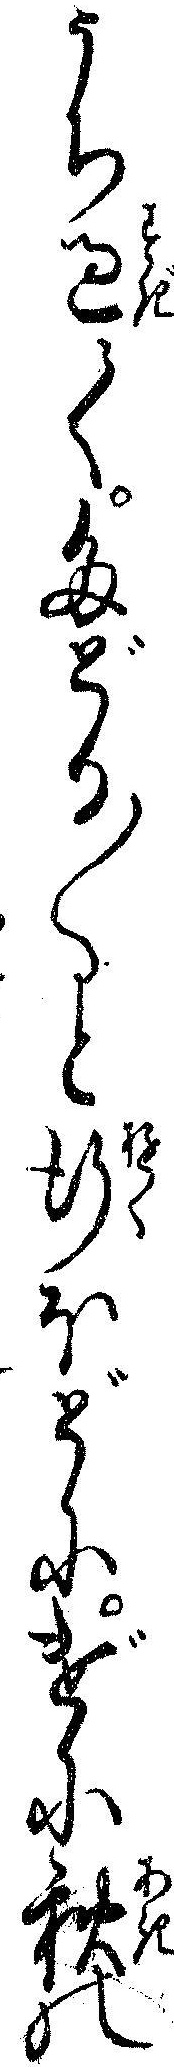
うち過てたどり〱と行ほどにげに秋の